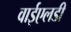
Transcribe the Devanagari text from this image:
वाईएलडी